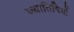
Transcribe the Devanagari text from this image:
ज्यातिषियों